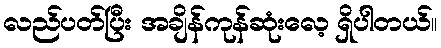
လည်ပတ်ပြီး အချိန်ကုန်ဆုံးလေ့ ရှိပါတယ်။